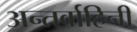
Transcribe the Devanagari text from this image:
अन्तर्वाहिनी